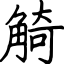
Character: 觭